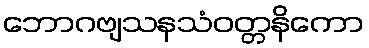
ဘောဂဗျသနသံဝတ္တနိကော